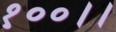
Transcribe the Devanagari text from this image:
१००।।